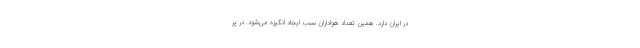
در ایران دارد. همین تعداد هواداران سبب ایجاد انگیزه می‌شود. در پر